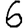
Digit: 6